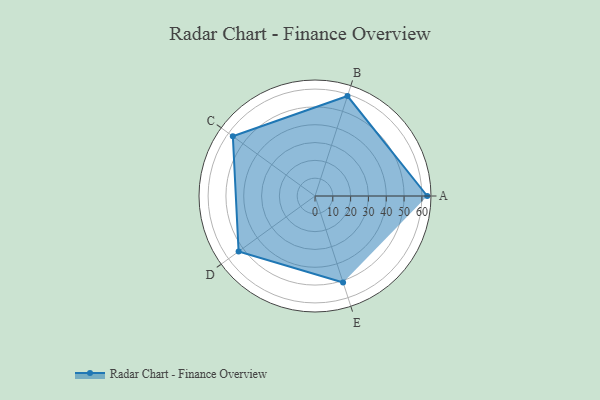
{"axis": {"x": "Skill", "y": "Score"}, "legend": ["Profile"], "data": [{"x": "A", "y": 63.0, "type": "Profile"}, {"x": "B", "y": 59.0, "type": "Profile"}, {"x": "C", "y": 57.0, "type": "Profile"}, {"x": "D", "y": 53.0, "type": "Profile"}, {"x": "E", "y": 51.0, "type": "Profile"}]}